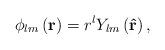
LaTeX: \begin{align*}\phi_{lm}\left( \mathbf{r}\right) =r^{l}Y_{lm}\left( \mathbf{\hat{r}}\right) , \end{align*}